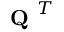
\textbf { Q } ^ { T }